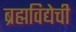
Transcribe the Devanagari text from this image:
ब्रह्मविद्येची